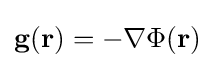
\mathbf {g} (\mathbf {r} )=-\nabla \Phi (\mathbf {r} )